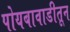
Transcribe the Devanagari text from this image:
पोयबावाडीतून